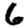
Digit: 6